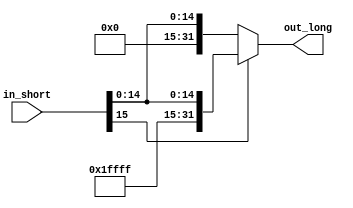
module SEXT(out_long, in_short);

    output  [31:0]  out_long;
    input   [15:0]  in_short;

    parameter   ONES = 16'hFFFF, ZEROS = 16'h0000;

    assign      out_long = in_short[15] ? {ONES,in_short} : {ZEROS,in_short};

endmodule